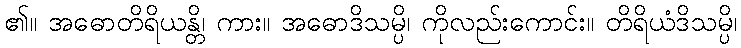
၏။ အဓောတိရိယန္တိ၊ ကား။ အဓောဒိသမ္ပိ၊ ကိုလည်းကောင်း။ တိရိယံဒိသမ္ပိ၊